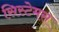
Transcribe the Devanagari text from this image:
सिस्टेमस